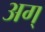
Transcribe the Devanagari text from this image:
अग्